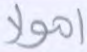
أموالا